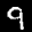
Label: 9